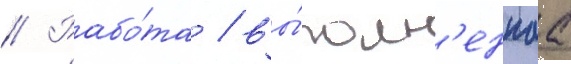
// Рабо́та / вы́полн'еннаа